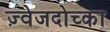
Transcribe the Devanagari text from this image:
ज़्वेजदोच्का